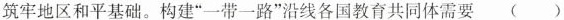
筑牢地区和平基础。构建”一带一路”沿线各国教育共同体需要 （ ）